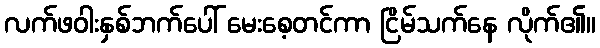
လက်ဖဝါးနှစ်ဘက်ပေါ် မေးစေ့တင်ကာ ငြိမ်သက်နေ လိုက်၏။